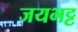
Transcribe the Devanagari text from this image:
जयभट्ट